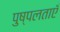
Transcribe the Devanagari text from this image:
पुष्पलताएँ